Annual report on the working of the lock hospitals in the North-Western Provinces and Oudh
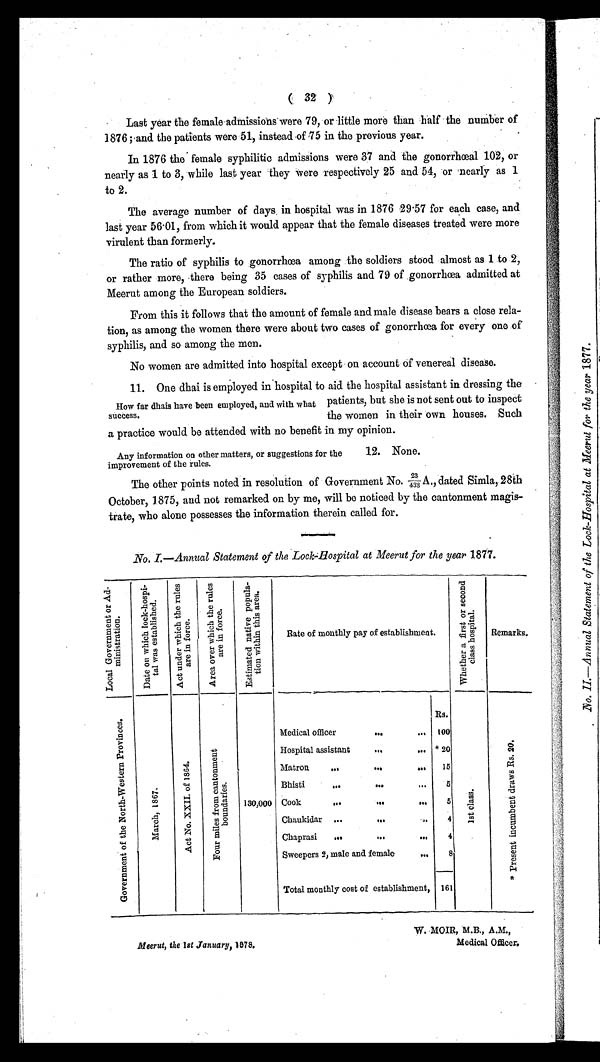
( 3 2 )
Last year the female admissions were 79, or little more than half the number of
1876 ;and the patients were 51, instead of 75 in the previous year.
In 1876 the female syphilitic admissions were 37 and the gonorrhœal 102, or
nearly as 1 to 3, while last year they were respectively 25 and 54, or nearly as 1
to 2.
The average number of days in hospital was in 1876 29.57 for each case, and
last year 56.01, from which it would appear that the female diseases treated were more
virulent than formerly.
The ratio of syphilis to gonorrhœa among the soldiers stood almost as 1 to 2,
or rather more, there being 35 cases of syphilis and 79 of gonorrhœa admitted at
Meerut among the European soldiers.
From this it follows that the amount of female and male disease bears a close rela-
tion, as among the women there were about two cases of gonorrhœa for every one of
syphilis, and so among the men.
No women are admitted into hospital except on account of venereal disease.
11. One dhai is employed in hospital to aid the hospital assistant in dressing the
How far dhais have been employed, and with what patients, but she is not sent out to inspect
success.
the women in their own houses. Such
a practice would be attended with no benefit in my opinion.
Any information on other matters, or suggestions for the
12. None.
improvement of the rules.
The other points noted in resolution of Government No. 23
October, 1875, and not remarked on by me, will be noticed by the cantonment magis-
trate, who alone possesses the information therein called for.
No. I.—Annual Statement of the Lock-Hospital at Meerut for the year 1877.
L o c a l G o v e r n m e n t o f A d - m i n i s t r a t i o n .
D a t e o n w h i c h L o c k - h o s p i - t a l w a s e s t a b l i s h e d .
A c t u n d e r w h i c h t h e r u l e s a r e i n f o r c e .
A r e a o v e r w h i c h t h e r u l e s a r e i n f o r c e .
E s t i m a t e d n a t i v e p o p u l a - t i o n w i t h i n t h i s a r e a .
Rate of monthly pay of establishment.
W h e a t h e r a f i r s t o r s e c o n d c l a s s h o s p i t a l .
Remarks.
G o v e r n m e n t o f t h e N o r t h - W e s t e r n p r o v i n c e s .
M a r c h , 1 8 6 7 .
A c t N o . X X I I . o f 1 8 6 4 .
F o u r m i l e s f r o m c a n t o n m e n t b o u r d a r i e s .
130,000
Rs.
1 s t c l a s s .
* P r e s e n t i n c u m b e n t d r a w s R s . 2 0 .
Medical officer
...
... 100
Hospital assistant
... ... * 20
Matron
...
...
...
15
Bhisti
...
... ...
5
Cook
...
...
...
5
Chaukidar ...
...
. . .
4
Chaprasi
...
...
...
4
Sweepers 2, male and female
...
8
Total monthly cost of establishment, 161
W. MOIR, M.B., A.M.,
Meerut, the 1st January, 1878.
Medical Officer.